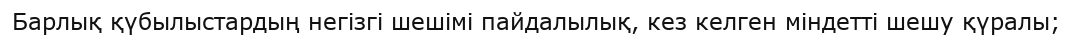
Барлық қүбылыстардың негізгі шешімі пайдалылық, кез келген міндетті шешу қүралы;